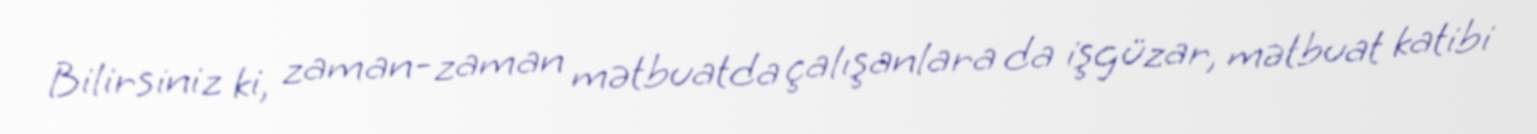
Bilirsiniz ki, zaman-zaman mətbuatda çalışanlara da işgüzar, mətbuat katibi